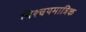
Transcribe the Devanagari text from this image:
निश्चयमात्रिक